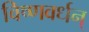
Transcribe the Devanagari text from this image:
विष्णवर्धन्